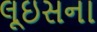
લૂઇસના